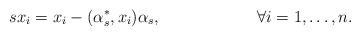
LaTeX: \begin{align*}sx_i&=x_i-(\alpha^*_s,x_i)\alpha_s,& \forall i=1,\ldots, n.\end{align*}